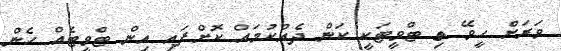
ވަރަށް ހީވޭ ތި ޓްވީޓަކީ ކަން ދެއްކުމައް ކޮށްފައި އިން ޓްވީޓެއް ހެން